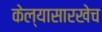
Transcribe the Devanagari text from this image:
केल्यासारखेच